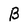
Character: B